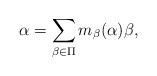
LaTeX: \begin{align*}\alpha=\sum\limits_{\beta\in\Pi}m_\beta(\alpha)\beta,\end{align*}